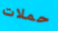
حملات